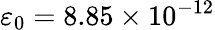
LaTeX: \varepsilon_{0}=8.85\times 10^{-12}